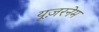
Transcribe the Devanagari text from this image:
यूज़रनेम